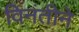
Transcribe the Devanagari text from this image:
विनंतीने